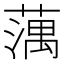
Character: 蕅